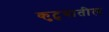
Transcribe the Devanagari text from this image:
कुटुबातील